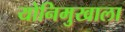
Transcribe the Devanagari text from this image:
योनिमुखाला